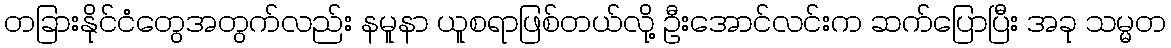
တခြားနိုင်ငံတွေအတွက်လည်း နမူနာ ယူစရာဖြစ်တယ်လို့ ဦးအောင်လင်းက ဆက်ပြောပြီး အခု သမ္မတ